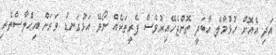
އަދި އެއޮށް ހުޅުމާލެ އާބަދީ ތޮށްޖެހޭއިރުވެސް ފެރީތަކެއް ނޯވޭ އަޅުގަނޑު ވަރަށް އިޙްލާސްތެރި